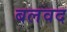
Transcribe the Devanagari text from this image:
बलवद